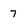
Character: 7